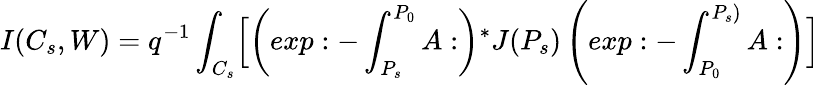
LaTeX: I(C_{s},W)=q^{-1}\int_{C_{s}}\Bigl[\left(exp:-\int_{P_{s}}^{P_{0}}A:\right){^*J}(P_{s})\left(exp:-\int_{P_{0}}^{P_{s})}A:\right)\Bigr]